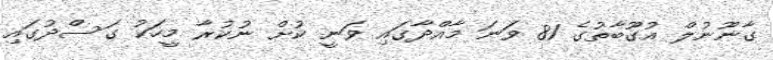
ގާނޫނުލް އުގޫބާތުގެ 81 ވަނަ މާއްދާގައި ވަނީ ކުށް ނުކުރާ މީހަކު ގަސްދުގައި